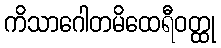
ကိသာဂေါတမိထေရီဝတ္ထု